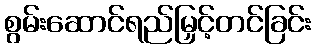
စွမ်းဆောင်ရည်မြှင့်တင်ခြင်း